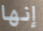
إنها